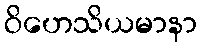
ဝိဟေသိယမာနာ